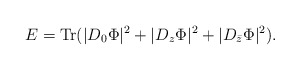
\begin{align*}E=\mbox{Tr}(|D_0 \Phi|^2+|D_z \Phi|^2+|D_{\bar{z}} \Phi|^2).\end{align*}